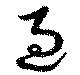
過